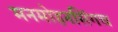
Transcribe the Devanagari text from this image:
मनमोहनसिंगच